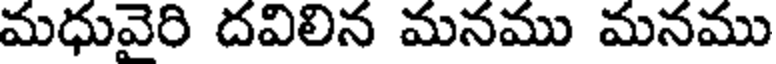
మధువైరి దవిలిన మనము మనము